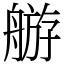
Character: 䑻